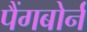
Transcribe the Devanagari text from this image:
पैंगबोर्न